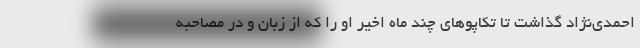
احمدی‌نژاد گذاشت تا تکاپوهای چند ماه اخیر او را که از زبان و در مصاحبه